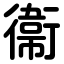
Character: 衞